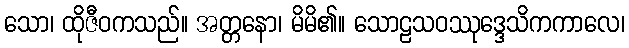
သော၊ ထိုဇီဝကသည်။ အတ္တနော၊ မိမိ၏။ သောဠသဝဿုဒ္ဒေသိကကာလေ၊